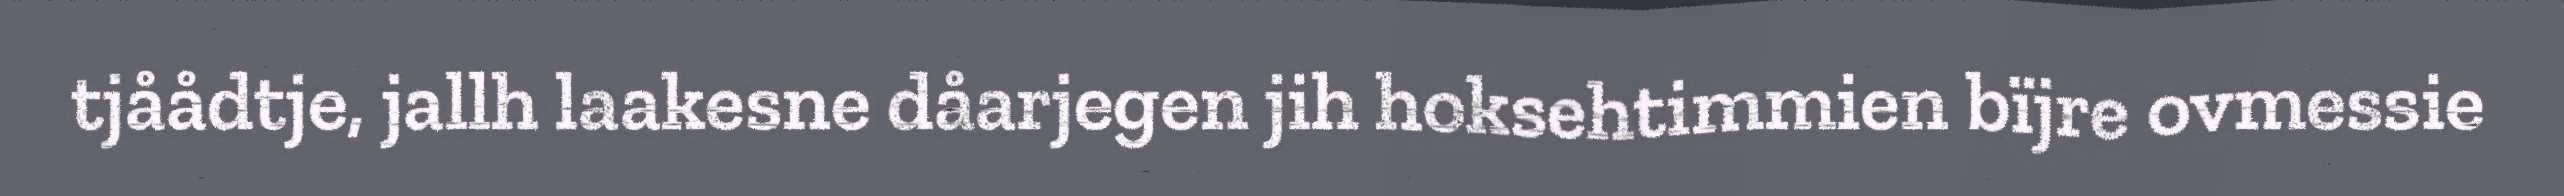
tjåådtje, jallh laakesne dåarjegen jih hoksehtimmien bïjre ovmessie